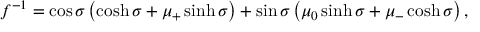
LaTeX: f ^ { - 1 } = \cos \sigma \left( \cosh \sigma + \mu _ { + } \sinh \sigma \right) + \sin \sigma \left( \mu _ { 0 } \sinh \sigma + \mu _ { - } \cosh \sigma \right) ,